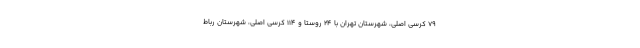
۷۹ کرسی اصلی، شهرستان تهران با ۲۴ روستا و ۱۱۴ کرسی اصلی، شهرستان رباط